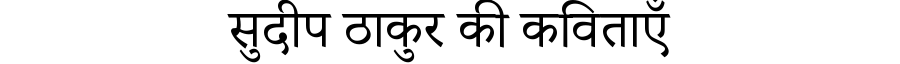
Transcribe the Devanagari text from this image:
सुदीप ठाकुर की कविताएँ